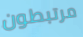
مرتبطون